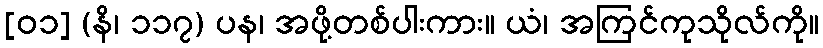
[၀၁] (နိ၊ ၁၁၇) ပန၊ အဖို့တစ်ပါးကား။ ယံ၊ အကြင်ကုသိုလ်ကို။